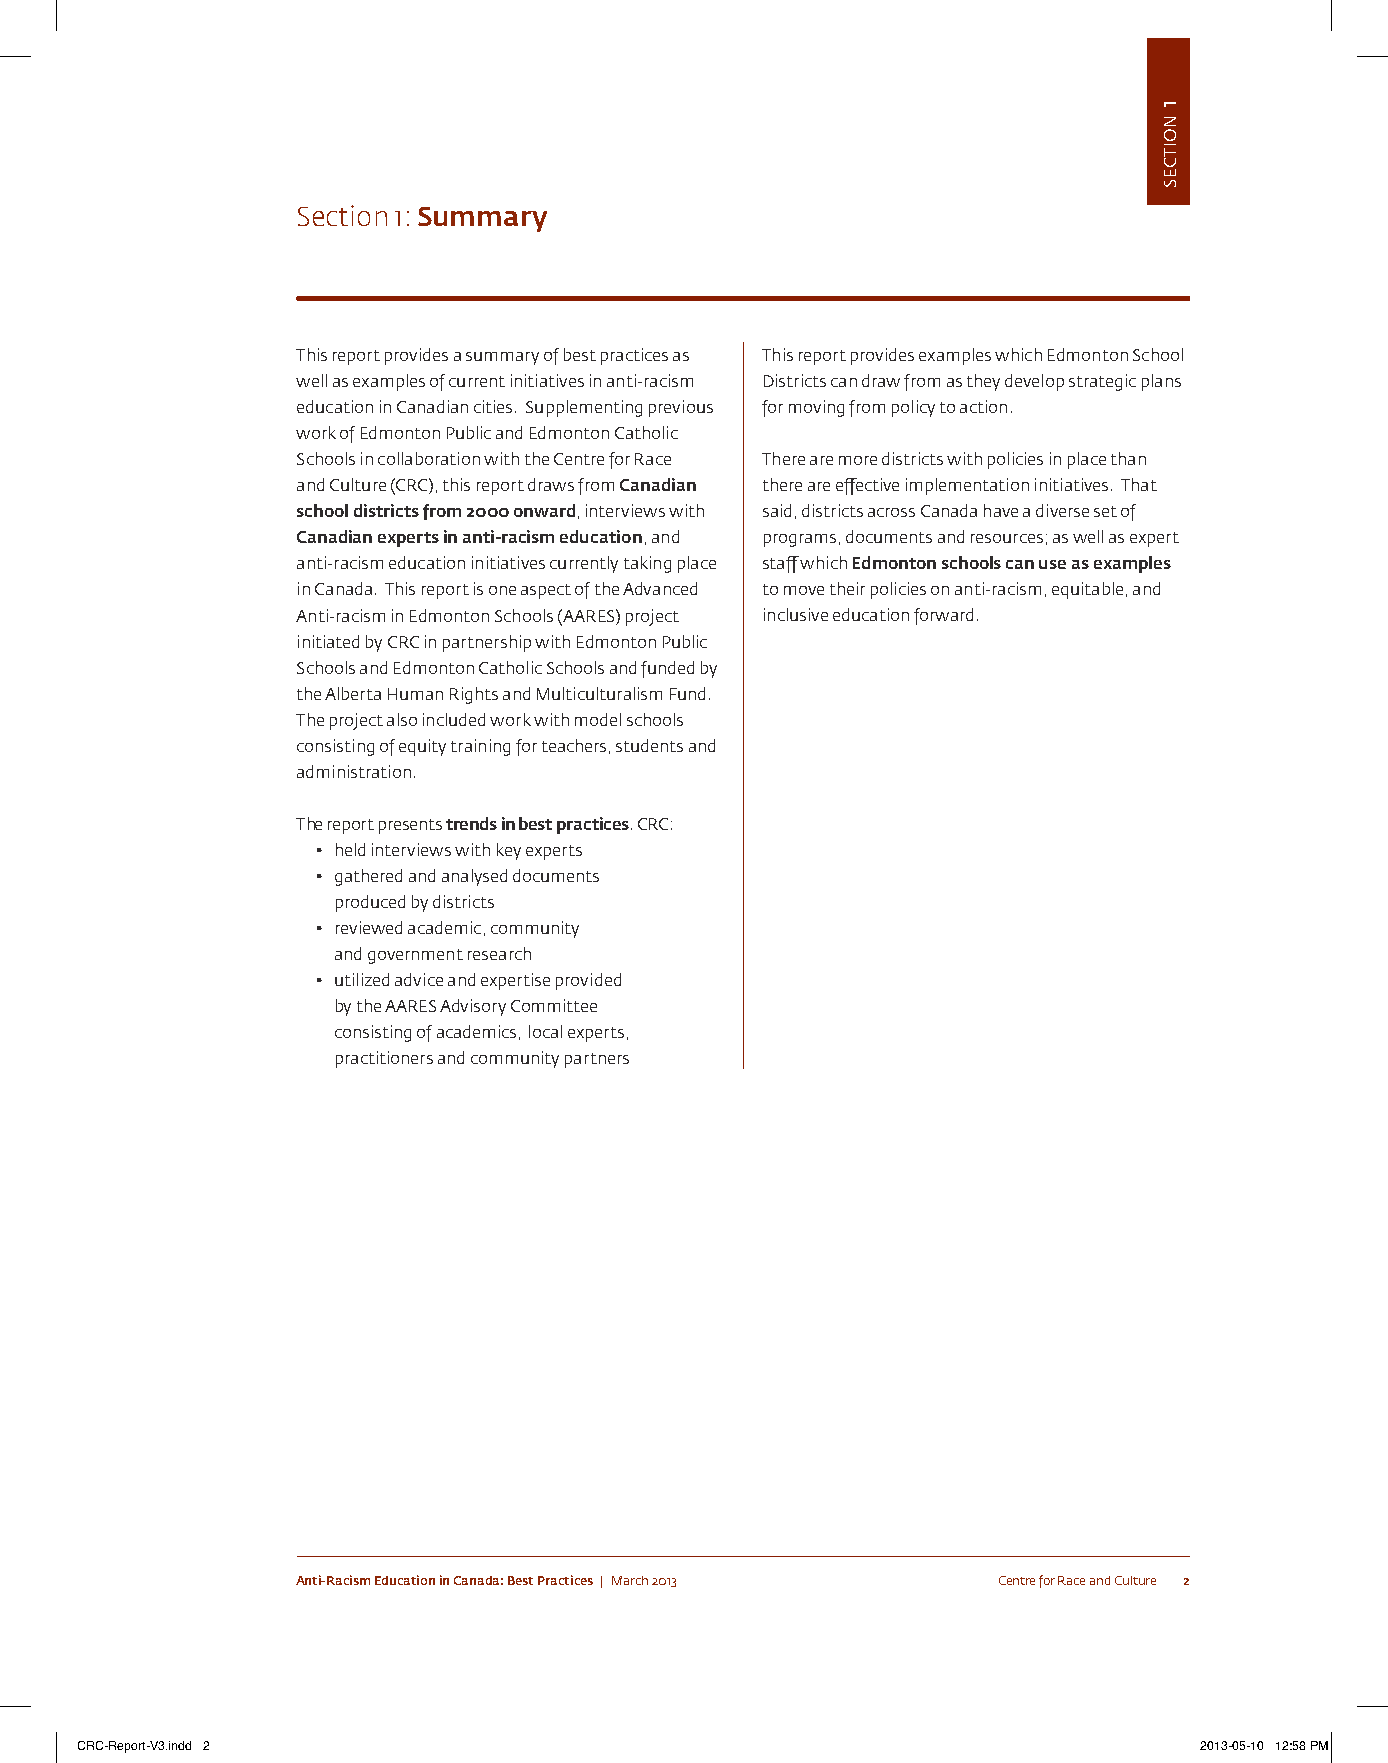
Section 1: Summary
 this report provides a summary of best practices as this report provides examples which edmonton school
 well as examples of current initiatives in anti-racism Districts can draw from as they develop strategic plans
 education in canadian cities. supplementing previous for moving from policy to action.
 work of edmonton public and edmonton catholic
 schools in collaboration with the centre for Race there are more districts with policies in place than
 and culture (cRc), this report draws from Canadian there are effective implementation initiatives. that
 school districts from 2000 onward, interviews with said, districts across canada have a diverse set of
 Canadian experts in anti-racism education, and programs, documents and resources; as well as expert
 anti-racism education initiatives currently taking place staff which Edmonton schools can use as examples
 in canada. this report is one aspect of the advanced to move their policies on anti-racism, equitable, and
 anti-racism in edmonton schools (aaRes) project inclusive education forward.
 initiated by cRc in partnership with edmonton public
 schools and edmonton catholic schools and funded by
 the alberta human Rights and multiculturalism Fund.
 the project also included work with model schools
 consisting of equity training for teachers, students and
 administration.
 the report presents trends in best practices. cRc:
 • held interviews with key experts
 • gathered and analysed documents
 produced by districts
 • reviewed academic, community
 and government research
 • utilized advice and expertise provided
 by the aaRes advisory committee
 consisting of academics, local experts,
 practitioners and community partners
 Anti-Racism Education in Canada: Best Practices | March 2013 centre for Race and culture 2
 CRC-Report-V3.indd 2                                                      2013-05-10 12:58 PM
 1
 noitces